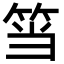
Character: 筜